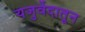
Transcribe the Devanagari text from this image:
यजुर्वेदातून